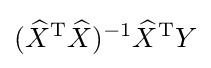
({\widehat {X}}^{\mathrm {T} }{\widehat {X}})^{-1}{\widehat {X}}^{\mathrm {T} }Y